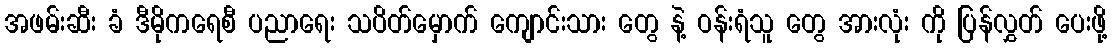
အဖမ်းဆီး ခံ ဒီမိုကရေစီ ပညာရေး သပိတ်မှောက် ကျောင်းသား တွေ နဲ့ ဝန်းရံသူ တွေ အားလုံး ကို ပြန်လွှတ် ပေးဖို့